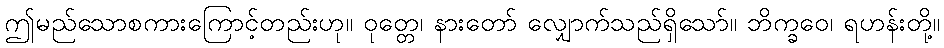
ဤမည်သောစကားကြောင့်တည်းဟု။ ဝုတ္တေ၊ နားတော် လျှောက်သည်ရှိသော်။ ဘိက္ခဝေ၊ ရဟန်းတို့။